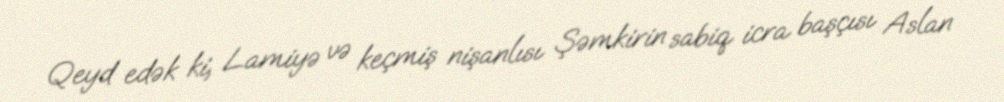
Qeyd edək ki, Lamiyə və keçmiş nişanlısı Şəmkirin sabiq icra başçısı Aslan